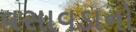
વસાવડાનો